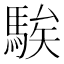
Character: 騃